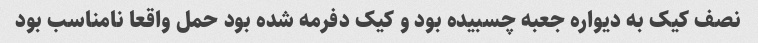
نصف کیک به دیواره جعبه چسبیده بود و کیک دفرمه شده بود حمل واقعا نامناسب بود